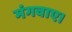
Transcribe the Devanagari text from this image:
मंगवाए।